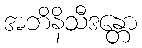
အဘိနိသီဒန္တော